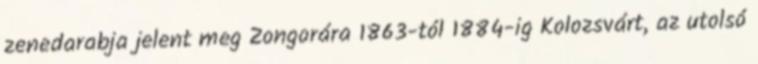
zenedarabja jelent meg Zongorára 1863-tól 1884-ig Kolozsvárt, az utolsó